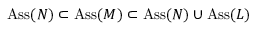
\operatorname { A s s } ( N ) \subset \operatorname { A s s } ( M ) \subset \operatorname { A s s } ( N ) \cup \operatorname { A s s } ( L )